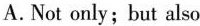
A.Not only;but also